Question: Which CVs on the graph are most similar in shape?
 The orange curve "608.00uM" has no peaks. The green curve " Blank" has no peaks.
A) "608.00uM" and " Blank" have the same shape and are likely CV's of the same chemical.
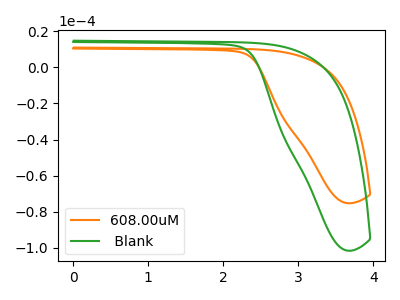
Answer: <think>Neither "608.00uM" or " Blank" have any peaks.
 </think>
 <answer>A) "608.00uM" and " Blank" have the same shape and are likely CV's of the same chemical.</answer>
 <eval>A</eval>